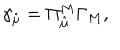
\gamma _ { \hat { \mu } } = \Pi _ { \hat { \mu } } ^ { M } \Gamma _ { M } ,